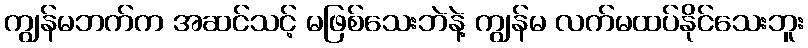
ကျွန်မဘက်က အဆင်သင့် မဖြစ်သေးဘဲနဲ့ ကျွန်မ လက်မထပ်နိုင်သေးဘူး